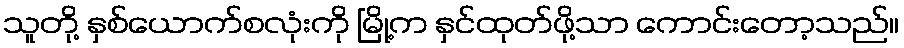
သူတို့ နှစ်ယောက်စလုံးကို မြို့က နှင်ထုတ်ဖို့သာ ကောင်းတော့သည်။